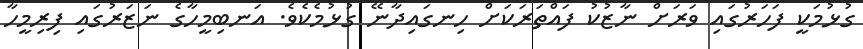
ގުޅުމަކީ ފަހަރުގައި ވަރަށް ނާޒުކު ފައްތަރަކަށް ހިނގައިދާނޭ ގުޅުމެކެވެ. އަނބިމީހާގެ ނަޒަރުގައި ފިރިމީހާ